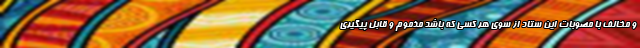
و مخالف با مصوبات این ستاد از سوی هر کسی که باشد مذموم و قابل پیگیری